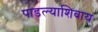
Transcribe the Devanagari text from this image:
पाडल्याशिवाय